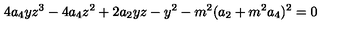
4 a _ { 4 } y z ^ { 3 } - 4 a _ { 4 } z ^ { 2 } + 2 a _ { 2 } y z - y ^ { 2 } - m ^ { 2 } ( a _ { 2 } + m ^ { 2 } a _ { 4 } ) ^ { 2 } = 0